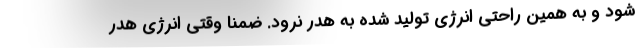
شود و به همین راحتی انرژی تولید شده به هدر نرود. ضمنا وقتی انرژی هدر